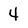
Character: 4